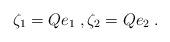
LaTeX: \begin{align*}\zeta_1 = Q e_1 \;, \zeta_2 = Q e_2 \;.\end{align*}